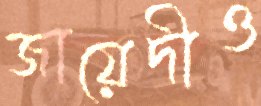
জায়েদীও